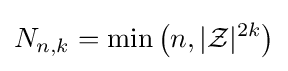
N_{n,k}=\min \left(n,|{\mathcal {Z}}|^{2k}\right)